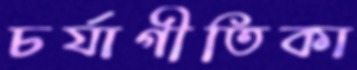
চর্যাগীতিকা